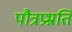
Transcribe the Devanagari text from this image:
पौत्रप्रभ्रति